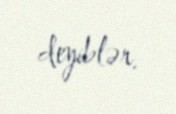
deyiblər.